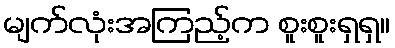
မျက်လုံးအကြည့်က စူးစူးရှရှ။